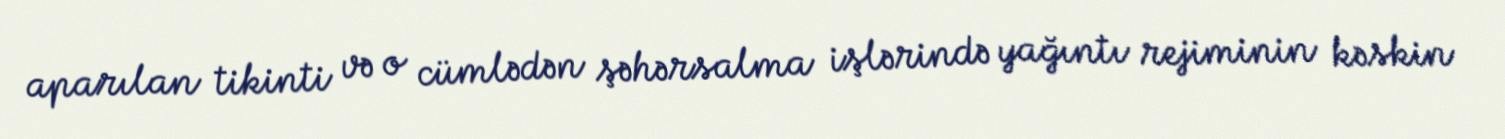
aparılan tikinti və o cümlədən şəhərsalma işlərində yağıntı rejiminin kəskin